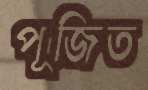
পূজিত